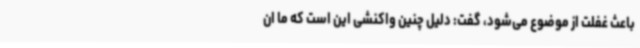
باعث غفلت از موضوع می‌شود، گفت: دلیل چنین واکنشی این است که ما ان